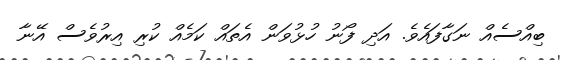
ބިއްސެއް ނަގާފައެވެ. އަދި ފޯނު ހުޅުވަން އެތައް ކަމެއް ކުރި އިރުވެސް އޭނާ